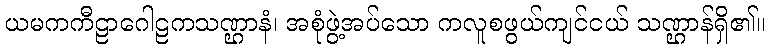
ယမကကီဠာဂေါဠကသဏ္ဌာနံ၊ အစုံဖွဲ့အပ်သော ကလူစဖွယ်ကျင်ငယ် သဏ္ဌာန်ရှိ၏။